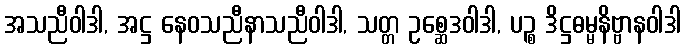
အသညီဝါဒါ, အဋ္ဌ နေဝသညီနာသညီဝါဒါ, သတ္တ ဥစ္ဆေဒဝါဒါ, ပဉ္စ ဒိဋ္ဌဓမ္မနိဗ္ဗာနဝါဒါ